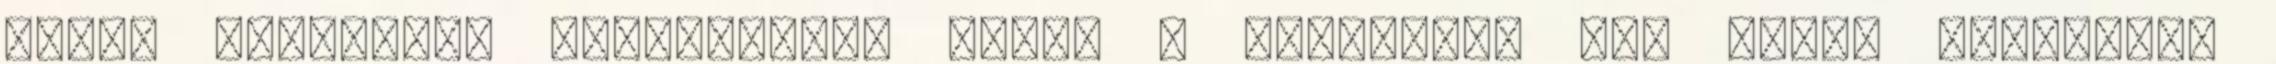
állam nyugdíjat folyósított neki. A Szíriában élő Káder fellépett